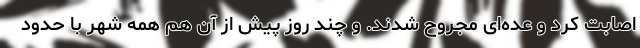
اصابت کرد و عده‌ای مجروح شدند. و چند روز پیش از آن هم همه شهر با حدود